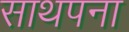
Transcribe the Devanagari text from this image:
साथपना